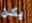
يكن